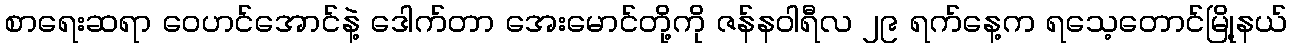
စာရေးဆရာ ဝေဟင်အောင်နဲ့ ဒေါက်တာ အေးမောင်တို့ကို ဇန်နဝါရီလ ၂၉ ရက်နေ့က ရသေ့တောင်မြို့နယ်